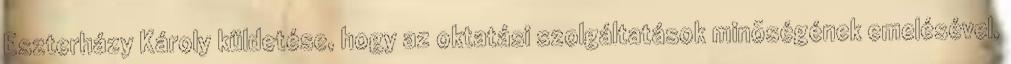
Eszterházy Károly küldetése, hogy az oktatási szolgáltatások minõségének emelésével,